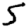
Digit: 5